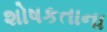
શોષકતાના